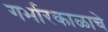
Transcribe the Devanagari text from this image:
गर्भारकाळाचे